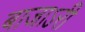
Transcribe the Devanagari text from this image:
बाजाऽरी